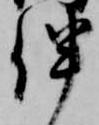
伴